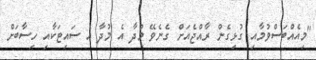
"މިއެއްބަސްވުމާއި ގުޅިގެން ރާއްޖެއަށް ގެނެވޭ މުދާ އެ މުދާ އެ ސައިޓަކާއި ހިސާބަށް